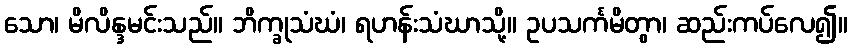
သော၊ မိလိန္ဒမင်းသည်။ ဘိက္ခုသံဃံ၊ ရဟန်းသံဃာသို့။ ဥပသင်္ကမိတွာ၊ ဆည်းကပ်လေ၍။